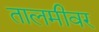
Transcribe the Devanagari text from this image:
तालमीवर